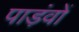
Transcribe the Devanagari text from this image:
पाड़ंवों